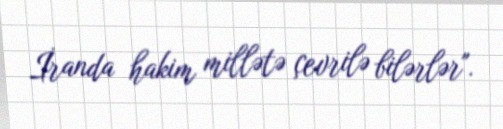
İranda hakim millətə çevrilə bilərlər".